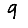
Digit: 9